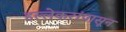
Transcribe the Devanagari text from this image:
हल्लेकरांपासून